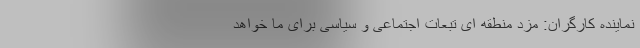
نماینده کارگران: مزد منطقه ای تبعات اجتماعی و سیاسی برای ما خواهد